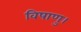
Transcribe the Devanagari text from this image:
विषाणु।